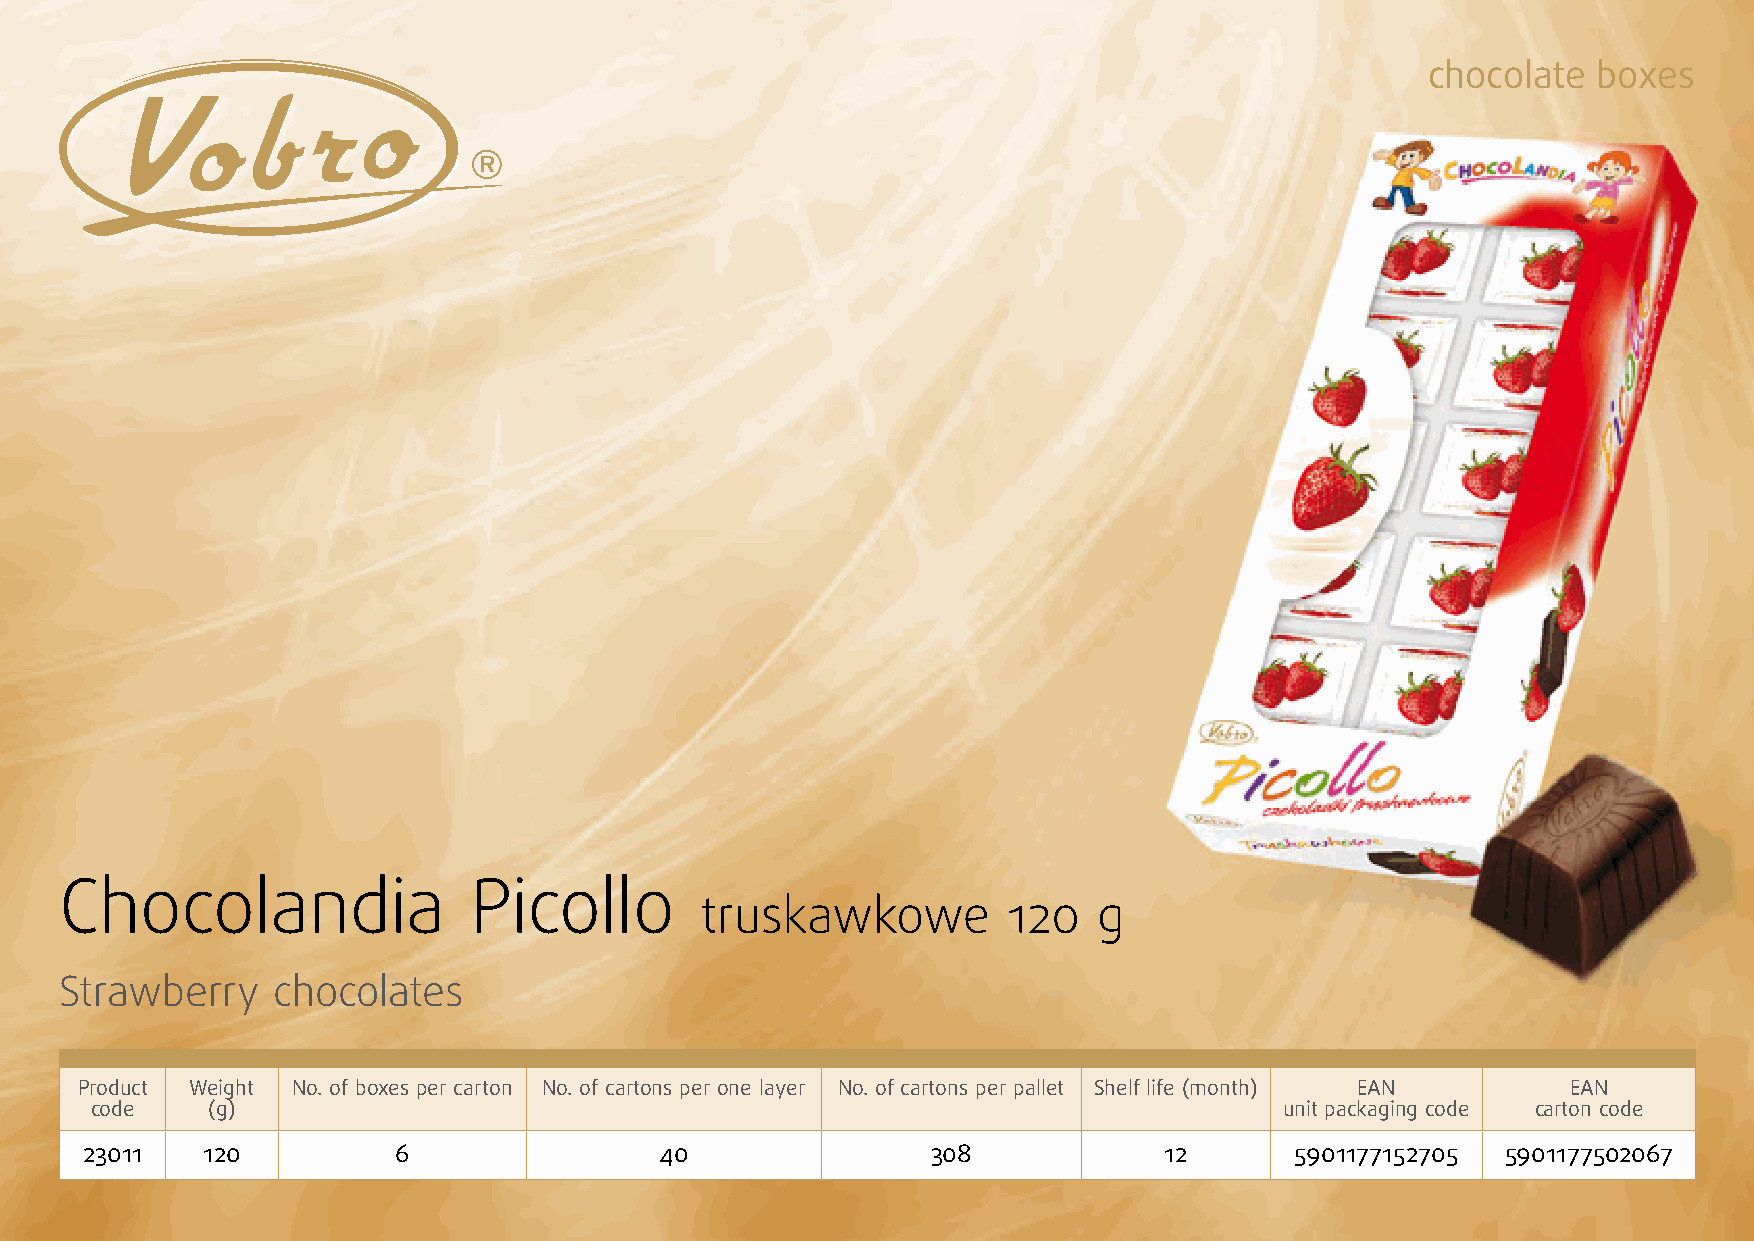
chocolate  boxes
 Chocolandia                Picollo
 truskawkowe          120   g
 Strawberry    chocolates
 Product Weight No. of boxes per carton No. of cartons per one layer No. of cartons per pallet Shelf life (month) EAN EAN
 code    (g)                                                                    unit packaging code carton code
 23011   120          6                 40                308            12       5901177152705 5901177502067